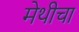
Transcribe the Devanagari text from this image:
मेथीचा